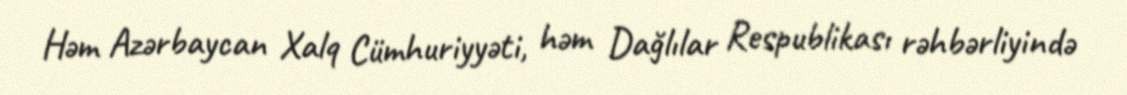
Həm Azərbaycan Xalq Cümhuriyyəti, həm Dağlılar Respublikası rəhbərliyində